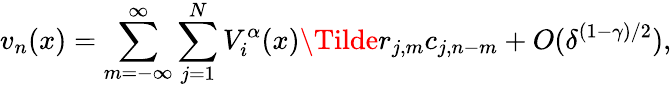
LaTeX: v_{n}(x)=\sum_{m=-\infty}^{\infty}\sum_{j=1}^{N}V_{i}^{\alpha}(x)\Tilde{r}_{j,m}c_{j,n-m}+O(\delta^{(1-\gamma)/2}),